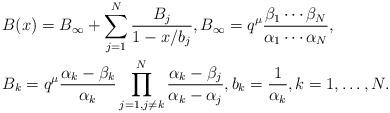
LaTeX: \begin{align*}& B(x)=B_{\infty}+ \sum_{j=1}^N \frac{B_j}{1-x/b_j}, B_{\infty}=q^{\mu}\frac{\beta_1 \cdots \beta_N}{\alpha_1 \cdots \alpha_N},\\& B_k =q^{\mu} \frac{\alpha_k -\beta_k}{\alpha_k} \prod_{j=1, j\neq k}^N \frac{\alpha_k -\beta_j}{\alpha_k - \alpha_j}, b_k=\frac{1}{\alpha_k},k=1, \dots,N.\end{align*}